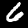
Label: 6